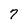
Character: 7